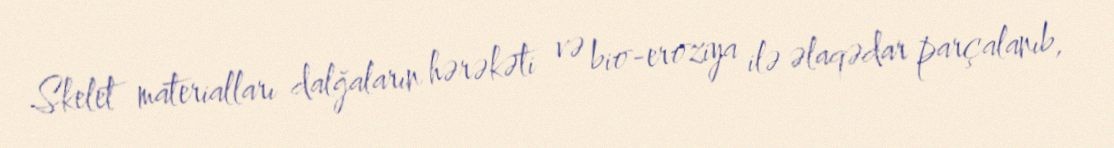
Skelet materialları dalğaların hərəkəti və bio-eroziya ilə əlaqədar parçalanıb,